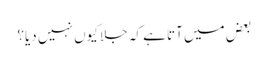
بعض میں آتا ہے کہ جلا کیوں نہیں دیا؟